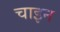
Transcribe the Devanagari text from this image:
चाइन